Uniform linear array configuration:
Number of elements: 48
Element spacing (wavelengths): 0.5
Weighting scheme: blackman
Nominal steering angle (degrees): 15
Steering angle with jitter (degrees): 15.867
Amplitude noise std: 0.05
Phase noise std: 0.05

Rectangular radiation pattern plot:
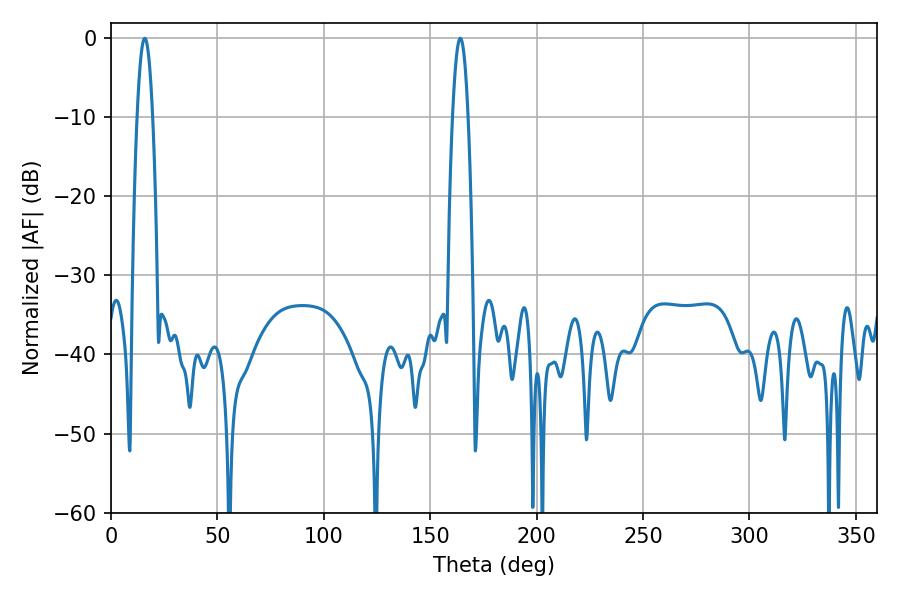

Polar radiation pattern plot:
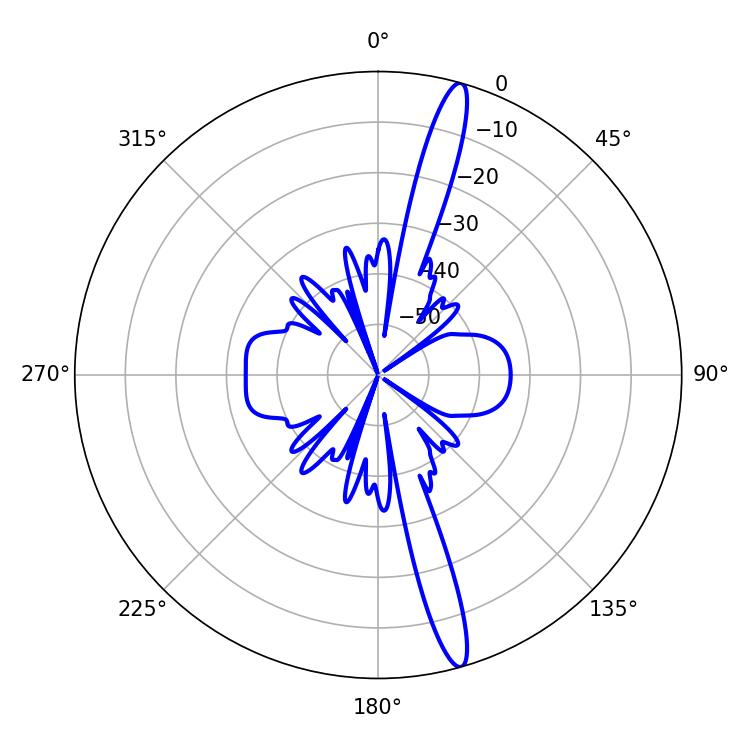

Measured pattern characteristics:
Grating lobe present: FALSE
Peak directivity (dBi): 16.831
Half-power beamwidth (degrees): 3.96
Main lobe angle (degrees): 15.84